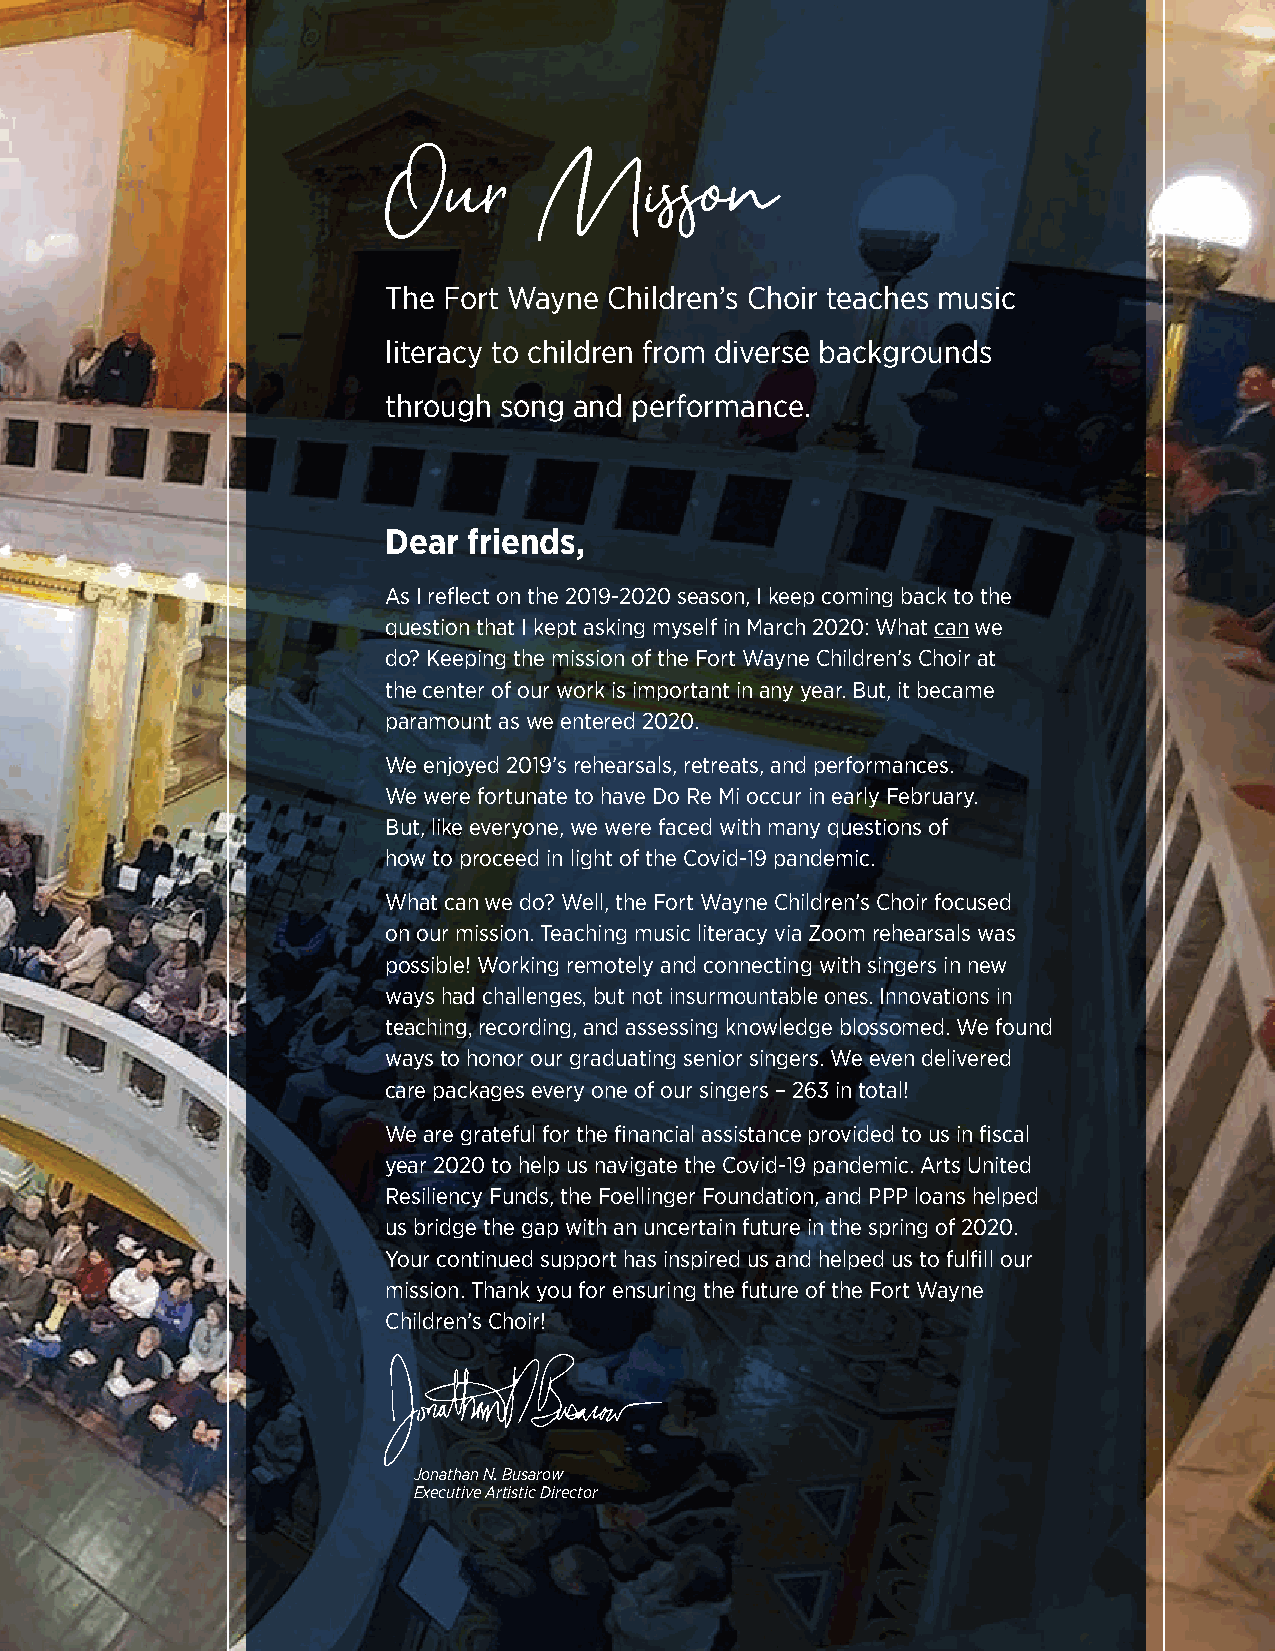
Our       Misson
 The Fort Wayne Children’s Choir teaches music
 literacy to children from diverse backgrounds
 through song and performance.
 Dear friends,
 As I reflect on the 2019-2020 season, I keep coming back to the
 question that I kept asking myself in March 2020: What can we
 do? Keeping the mission of the Fort Wayne Children’s Choir at
 the center of our work is important in any year. But, it became
 paramount as we entered 2020.
 We enjoyed 2019’s rehearsals, retreats, and performances.
 We were fortunate to have Do Re Mi occur in early February.
 But, like everyone, we were faced with many questions of
 how to proceed in light of the Covid-19 pandemic.
 What can we do? Well, the Fort Wayne Children’s Choir focused
 on our mission. Teaching music literacy via Zoom rehearsals was
 possible! Working remotely and connecting with singers in new
 ways had challenges, but not insurmountable ones. Innovations in
 teaching, recording, and assessing knowledge blossomed. We found
 ways to honor our graduating senior singers. We even delivered
 care packages every one of our singers – 263 in total!
 We are grateful for the financial assistance provided to us in fiscal
 year 2020 to help us navigate the Covid-19 pandemic. Arts United
 Resiliency Funds, the Foellinger Foundation, and PPP loans helped
 us bridge the gap with an uncertain future in the spring of 2020.
 Your continued support has inspired us and helped us to fulfill our
 mission. Thank you for ensuring the future of the Fort Wayne
 Children’s Choir!
 Jonathan N. Busarow
 Executive Artistic Director